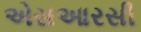
એસઆરસી